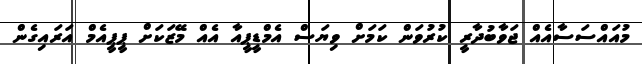
މުއައްސަސާއެއް ޖަވާބުދާރީ ކުރުވަން ކަމަށް ވިޔަސް އެމްޑީޕީއާ އެއް މޭޒަކަށް ޕީޕީއެމް އަރައިގެން